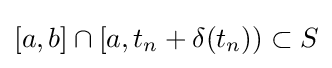
[a,b]\cap [a,t_{n}+\delta (t_{n}))\subset S